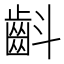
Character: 𮯁